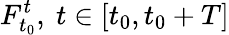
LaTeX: F_{t_{0}}^{t},\ t\in[t_{0},t_{0}+T]